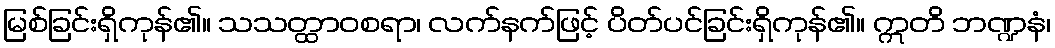
မြစ်ခြင်းရှိကုန်၏။ သသတ္ထာဝစရာ၊ လက်နက်ဖြင့် ပိတ်ပင်ခြင်းရှိကုန်၏။ ဣတိ ဘဏ္ဍနံ၊